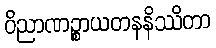
ဝိညာဏဉ္စာယတနနိဿိတာ